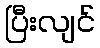
ပြီးလျင်